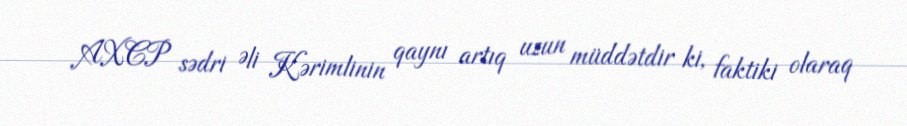
AXCP sədri Əli Kərimlinin qaynı artıq uzun müddətdir ki, faktiki olaraq